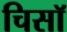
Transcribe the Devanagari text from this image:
चिसॉ